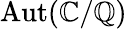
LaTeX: \operatorname{Aut}(\mathbb{C}/\mathbb{Q})